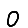
Digit: 0